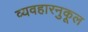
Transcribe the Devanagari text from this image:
व्यवहारनुकूल